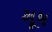
મૂષ